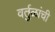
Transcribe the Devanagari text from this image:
वर्तुळांची